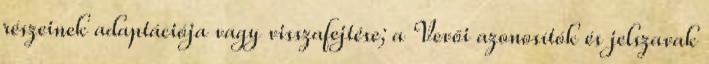
részeinek adaptációja vagy visszafejtése; a Vevői azonosítók és jelszavak